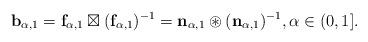
LaTeX: \begin{align*} \mathbf{b}_{\alpha,1} =\mathbf{f}_{\alpha,1} \boxtimes (\mathbf{f}_{\alpha,1})^{-1} = \mathbf{n}_{\alpha,1} \circledast (\mathbf{n}_{\alpha,1})^{-1},\alpha\in(0,1]. \end{align*}